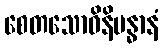
စေတသောဝိနိဗန္ဓာနံ